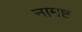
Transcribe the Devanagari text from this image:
नामष्ट